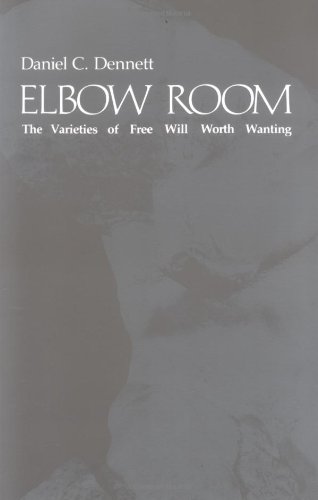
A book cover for Elbow Room: The Varieties of Free Will Worth Wanting; Daniel C. Dennett; Politics & Social Sciences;